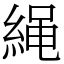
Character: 䋲